system: You are a helpful assistant.
user:
Analyze the provided spectrum to determine if it is a **S-type Star**.

- **Key Indicators for S-type Star:**

    - **(Overall Spectrum Shape):** The first and most obvious characteristic is the overall continuum (the "baseline" shape). It is **extremely "red-sloping,"** meaning the flux (light intensity) is very low on the left side (blue, ~4000-4500 Å) and rises steeply and continuously toward the right side (red, ~7000 Å+).

    - **(Primary):** The spectrum is defined by the presence of strong, broad molecular absorption "valleys" (bands) from **Zirconium Oxide (ZrO)**. The identification of these bands is the **primary requirement** for classifying a star as S-type.
        - **(Key Bandheads):** You must find distinct, deep "dips" where the light has been absorbed. The most critical band systems to locate are:
            - **~6474 Å** ($\gamma$-system): This is often the strongest and clearest ZrO feature, found in the red part of the spectrum.
            - **~5718 Å** & **~5551 Å** ($\beta$-system): A pair of prominent absorption features in the yellow-orange part of the spectrum.
            - **~4640 Å** ($\alpha$-system): A key absorption band system in the blue-green region of the spectrum.

    - **(Secondary Confirmation):** The classification is strengthened by finding additional absorption bands from other related heavy element oxides, which are expected to be present alongside ZrO.
        - **(Key Bandheads):**
            - **Yttrium Oxide (YO):** Look for absorption dips near **~4800 Å** and **~6100 Å**.
            - **Lanthanum Oxide (LaO):** Additional absorption features, particularly in the red-orange part of the spectrum, are also characteristic.

    - **(Line Profile):** The combination of the steep red continuum and these numerous, deep molecular bands (ZrO, YO, etc.) gives the entire spectrum a very **"chopped-up"** or **"bumpy"** appearance. Instead of a smooth curve, the spectrum looks as though large, wide chunks of light have been "carved out" of it at the specific wavelengths listed above.

Think first, call **spectral_visualization_tool** if needed to examine features in detail, then provide your final answer. Your response must adhere to the following strict rules:
1.  **Overall Structure:** Your response must follow the format `<think>...</think> <tool_call>...</tool_call> (if a tool is used) <answer>...</answer>`.
2.  **Tool Usage Constraint:** You may only make **one** tool call per turn.
3.  **Final Answer Format:** In the `<answer>` tag, your conclusion must be inside a `\boxed{}` command (e.g., `\boxed{YES}` or `\boxed{NO}`), followed by your justification.

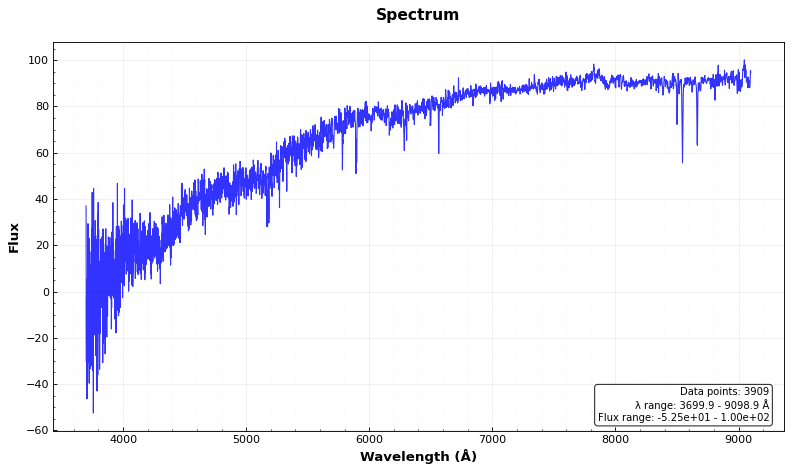
Answer: NO